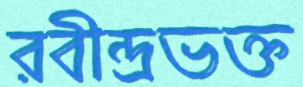
রবীন্দ্রভক্ত